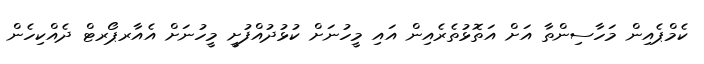
ކެމްޕެއިން މަހާސިންތާ އަށް އަތޮޅުތެރެއިން އައި މީހުނަށް ކުޅުދުއްފުށީ މީހުނަށް އެއާރޕޯރޓް ދެއްކިހެން